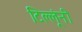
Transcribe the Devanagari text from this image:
टिल्लूंनी